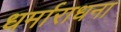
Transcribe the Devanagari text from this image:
धर्माराधना